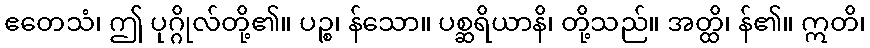
ဧတေသံ၊ ဤ ပုဂ္ဂိုလ်တို့၏။ ပဉ္စ၊ န်သော။ ပစ္ဆရိယာနိ၊ တို့သည်။ အတ္ထိ၊ န်၏။ ဣတိ၊